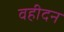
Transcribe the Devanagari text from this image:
वहीदन